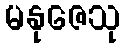
မနုဇေသု